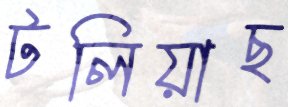
টলিয়াছ